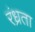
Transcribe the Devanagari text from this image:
रंध्रता